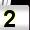
Digit: 2